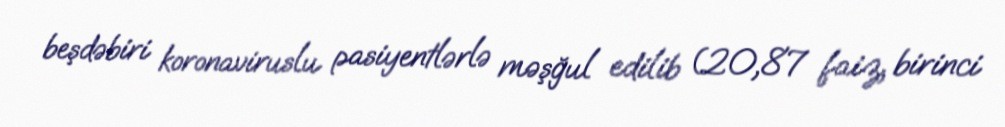
beşdəbiri koronaviruslu pasiyentlərlə məşğul edilib (20,87 faiz, birinci